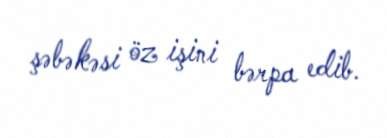
şəbəkəsi öz işini bərpa edib.